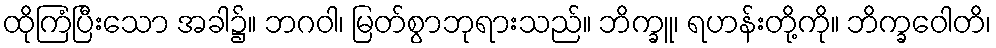
ထိုကြံပြီးသော အခါ၌။ ဘဂဝါ၊ မြတ်စွာဘုရားသည်။ ဘိက္ခူ၊ ရဟန်းတို့ကို။ ဘိက္ခဝေါတိ၊